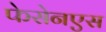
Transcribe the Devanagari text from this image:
फेसेनएस